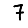
Digit: 7